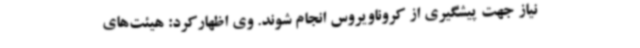
نیاز جهت پیشگیری از کروناویروس انجام شوند. وی اظهارکرد: هیئت‌های